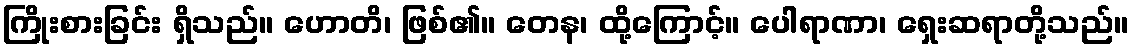
ကြိုးစားခြင်း ရှိသည်။ ဟောတိ၊ ဖြစ်၏။ တေန၊ ထို့ကြောင့်။ ပေါရာဏာ၊ ရှေးဆရာတို့သည်။